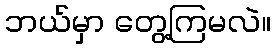
ဘယ်မှာ တွေ့ကြမလဲ။